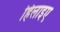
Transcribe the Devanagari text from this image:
हिलाइए